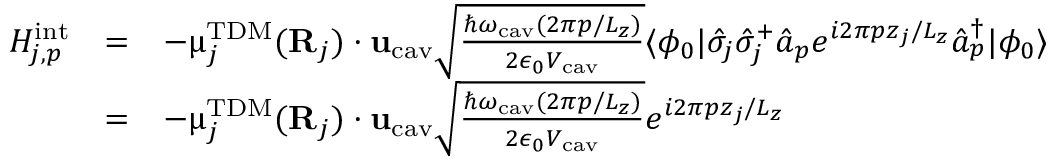
\begin{array} { c c l } { H _ { j , p } ^ { \mathrm { i n t } } } & { = } & { - { \boldsymbol { \upmu } } _ { j } ^ { \mathrm { T D M } } ( { \bf { R } } _ { j } ) \cdot { \bf { u } } _ { \mathrm { c a v } } \sqrt { \frac { \hslash \omega _ { \mathrm { c a v } } ( 2 \pi p / L _ { z } ) } { 2 \epsilon _ { 0 } V _ { \mathrm { c a v } } } } \langle \phi _ { 0 } | \hat { \sigma } _ { j } \hat { \sigma } _ { j } ^ { + } \hat { a } _ { p } e ^ { i 2 \pi p z _ { j } / L _ { z } } \hat { a } _ { p } ^ { \dagger } | \phi _ { 0 } \rangle } \\ & { = } & { - { \boldsymbol { \upmu } } _ { j } ^ { \mathrm { T D M } } ( { \bf { R } } _ { j } ) \cdot { \bf { u } } _ { \mathrm { c a v } } \sqrt { \frac { \hslash \omega _ { \mathrm { c a v } } ( 2 \pi p / L _ { z } ) } { 2 \epsilon _ { 0 } V _ { \mathrm { c a v } } } } e ^ { i 2 \pi p z _ { j } / L _ { z } } } \end{array}